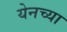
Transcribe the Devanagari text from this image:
येनच्या